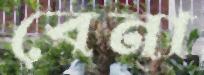
বেনা